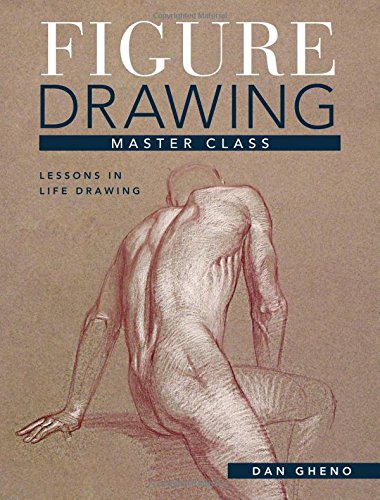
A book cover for Figure Drawing Master Class: Lessons in Life Drawing; Dan Gheno; Arts & Photography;